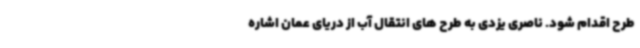
طرح اقدام شود. ناصری یزدی به طرح های انتقال آب از دریای عمان اشاره